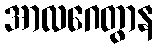
အာလဂေတွာန